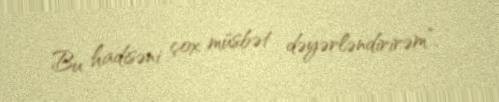
Bu hadisəni çox müsbət dəyərləndirirəm”.